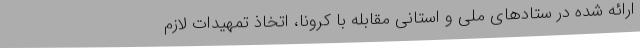
ارائه شده در ستادهای ملی و استانی مقابله با کرونا، اتخاذ تمهیدات لازم